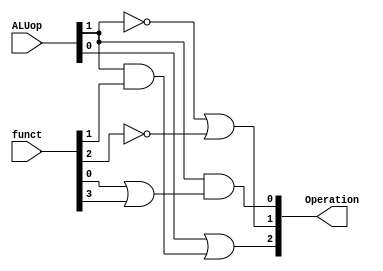
module alu_control_unit(ALUop, funct, Operation);
	input [1:0] ALUop;
	input [5:0] funct;
	output [2:0] Operation;
	assign Operation[0] = ALUop[1] & (funct[0] | funct[3]);
	assign Operation[1] = (~ALUop[1]) | (~funct[2]);
	assign Operation[2] = ALUop[0] | (ALUop[1] & funct[1]);
endmodule

module tb_alu_control;
	reg [1:0]ALUop;
	reg [5:0]funct;
	wire [2:0] Operation;
	alu_control_unit a1(ALUop, funct, Operation);
	initial
		$monitor($time," ALUOp=%b, Funct Field=%b, Operation=%b",ALUop, funct,Operation);
	initial
		begin
		#0  ALUop= 2'b00; funct = 6'b000000;
		#1  ALUop= 2'b00; funct = 6'b011110;
		#1  ALUop= 2'b01; funct = 6'b001010;
		#1  ALUop= 2'b10; funct = 6'b000000;
		#2  ALUop= 2'b10; funct = 6'b010000;
		#3  ALUop= 2'b10; funct = 6'b000010;
		#4  ALUop= 2'b10; funct = 6'b100010;
		#5  ALUop= 2'b10; funct = 6'b010100;
		#6  ALUop= 2'b11; funct = 6'b110100;
		#7  ALUop= 2'b11; funct = 6'b000101;
		#1  ALUop= 2'b10; funct = 6'b100101;
		#1  ALUop= 2'b10; funct = 6'b001010;
		#1  ALUop= 2'b11; funct = 6'b011010;
		#200 $finish;
		end
endmodule